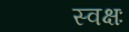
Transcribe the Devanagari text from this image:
स्वक्षः